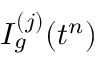
I _ { g } ^ { ( j ) } ( t ^ { n } )